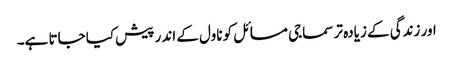
اور زندگی کے زیادہ تر سماجی مسائل کو ناول کے اندر پیش کیا جاتا ہے۔